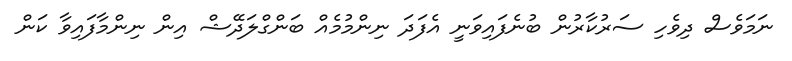
ނަމަވެސް ދިވެހި ސަރުކާރުން ބުނެފައިވަނީ އެފަދަ ނިންމުމެއް ބަންގްލަދޭޝް އިން ނިންމާފައިވާ ކަން